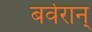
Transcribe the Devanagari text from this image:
बर्वरान्